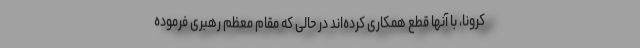
کرونا، با آنها قطع همکاری کرده‌اند در حالی که مقام معظم رهبری فرموده